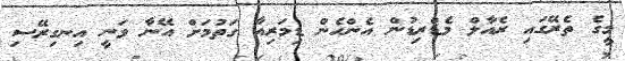
މީގެ ތެރޭގައި ރެއާލް މެޑްރިޑުން އެންހެން ޑިމަރިއާ ގަތުމަށް އޭނާ ވަނީ އިނގިރޭސި